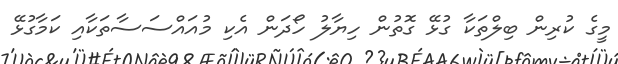
މީގެ ކުރިން ބިލްތަކާ ގުޅޭ ގޮތުން ހިޔާލު ހޯދަން އެކި މުއައްސަސާތަކާއި ކަމާގުޅޭ